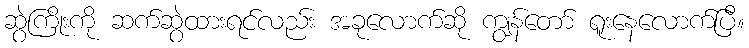
ဆွဲကြိုးကို ဆက်ဆွဲထားရင်လည်း အခုလောက်ဆို ကျွန်တော် ရူးနေလောက်ပြီ။